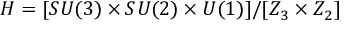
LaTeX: H = [ S U ( 3 ) \times S U ( 2 ) \times U ( 1 ) ] / [ Z _ { 3 } \times Z _ { 2 } ]